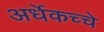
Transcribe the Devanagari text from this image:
अर्धेकच्चे